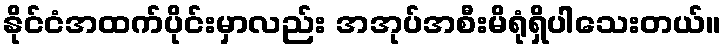
နိုင်ငံအထက်ပိုင်းမှာလည်း အအုပ်အစီးမိရုံရှိပါသေးတယ်။